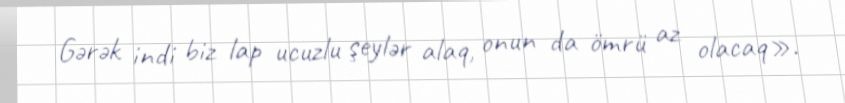
Gərək indi biz lap ucuzlu şeylər alaq, onun da ömrü az olacaq».